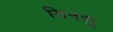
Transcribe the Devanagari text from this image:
यिनशु